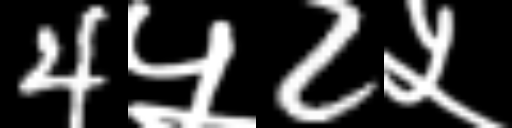
Text: 4५2५